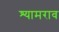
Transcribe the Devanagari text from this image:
श्‍यामराव